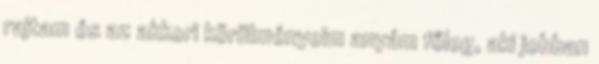
rajtam és az akkori körülményeim anyám főleg, aki jobban